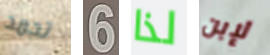
تجمد 6 لذا لإبن